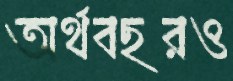
অর্থবছরও